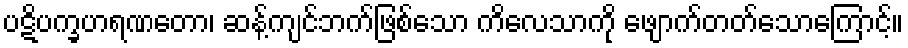
ပဋိပက္ခဟရဏတော၊ ဆန့်ကျင်ဘက်ဖြစ်သော ကိလေသာကို ဖျောက်တတ်သောကြောင့်။